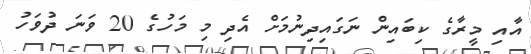
އާއި މީރާގެ ކިބައިން ނަގައިދިނުމަށް އެދި މި މަހުގެ 20 ވަނަ ދުވަހު